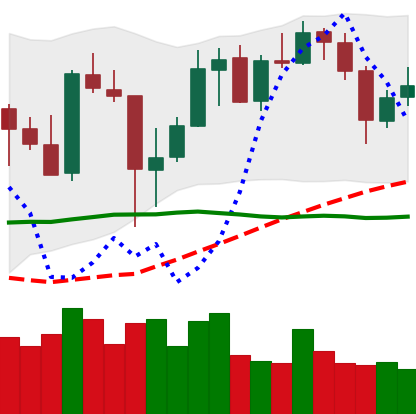
Ticker: XMR-USD
Chart end date: 2020-05-23
Forward return: 5.067%
Label: up_5_7